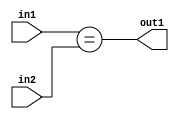
`timescale 1ps / 1ps
/*****************************************************************************
    Verilog RTL Description
    
    
    Created by: Stratus DpOpt 2019.1.01 
*******************************************************************************/

module feature_write_addr_gen_Equal_3Ux3U_1U_4_1 (
	in2,
	in1,
	out1
	); /* architecture "behavioural" */ 
input [2:0] in2,
	in1;
output  out1;
wire  asc001;

assign asc001 = (in1==in2);

assign out1 = asc001;
endmodule

/* CADENCE  urn0TgA= : u9/ySgnWtBlWxVPRXgAZ4Og= ** DO NOT EDIT THIS LINE ******/